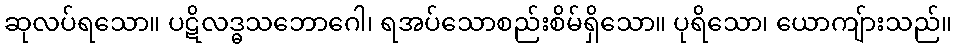
ဆုလပ်ရသော။ ပဋိလဒ္ဓသဘောဂေါ၊ ရအပ်သောစည်းစိမ်ရှိသော။ ပုရိသော၊ ယောကျ်ားသည်။